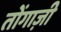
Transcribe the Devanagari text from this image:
तोंगाज़ी